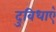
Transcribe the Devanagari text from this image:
दुविधाएँ